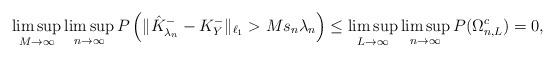
LaTeX: \begin{align*}\limsup_{M\to\infty}\limsup_{n\to\infty}P\left(\|\hat{K}_{\lambda_n}^--K_Y^-\|_{\ell_1}>Ms_n\lambda_n\right)\leq\limsup_{L\to\infty}\limsup_{n\to\infty}P(\Omega_{n,L}^c)=0,\end{align*}